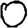
Digit: 0